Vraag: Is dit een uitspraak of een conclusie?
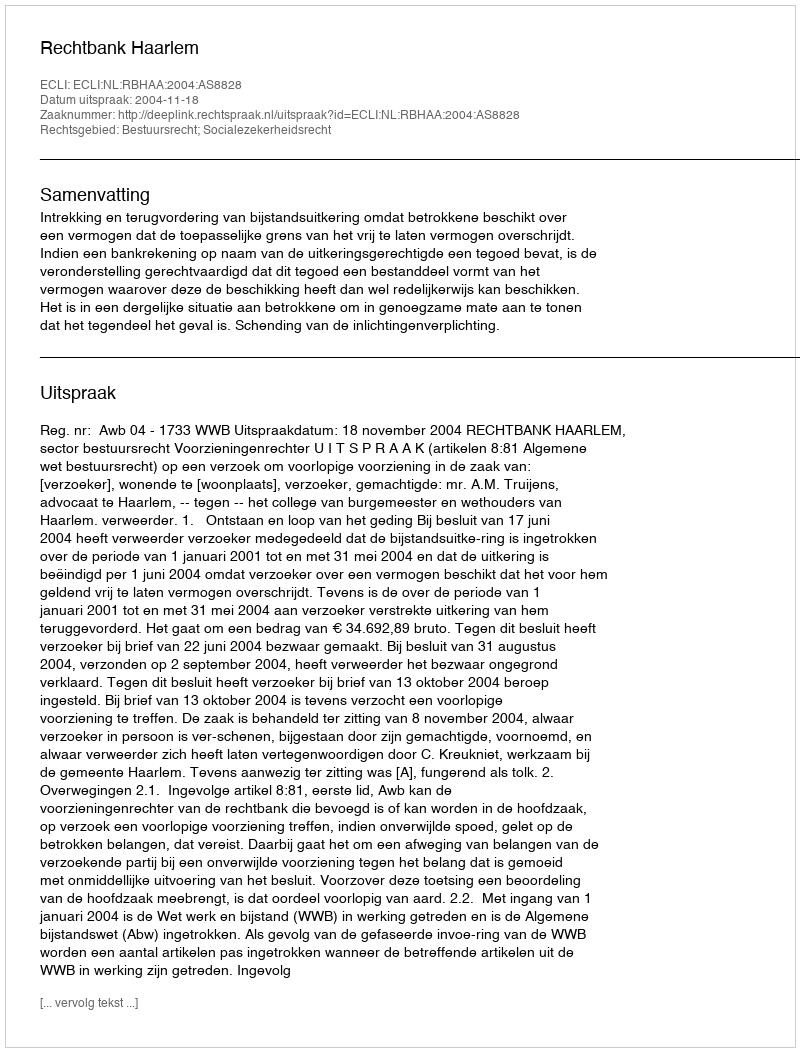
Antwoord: Uitspraak